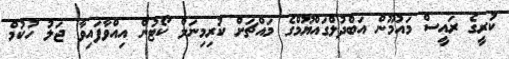
ކުރީގެ ރައީސް މައުމޫން އަބްދުލްގައްޔޫމްގެ މައްޗަށް ކުރިމިނަލް ކޯޓުން އިއްވާފައިވާ ޖަލު ހުކުމް